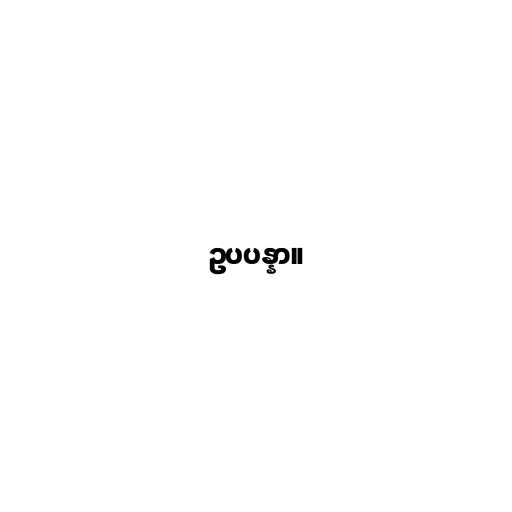
ဥပပန္နာ။